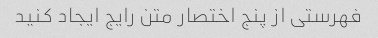
فهرستی از پنج اختصار متن رایج ایجاد کنید